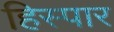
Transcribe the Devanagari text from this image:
हिस्पार